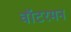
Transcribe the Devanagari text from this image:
वॉटरमन